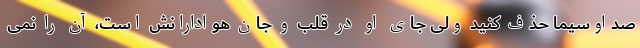
صداوسیما حذف کنید ولی جای او در قلب و جان هوادارانش است، آن را نمی